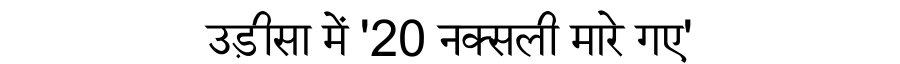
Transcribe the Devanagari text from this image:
उड़ीसा में '20 नक्सली मारे गए'